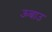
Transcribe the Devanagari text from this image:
ऊबाउ